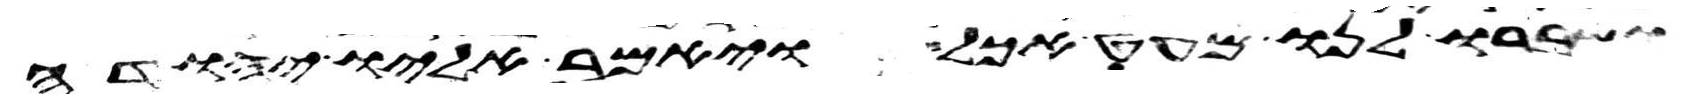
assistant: ושברו לנו מעט אכל ויאמר אליו יהודה